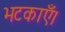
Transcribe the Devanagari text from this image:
भटकाएँ।